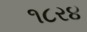
૧૮ર૪